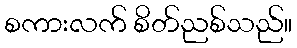
စကားလက် စိတ်ညစ်သည်။